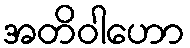
အတိဝါဟော